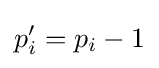
p'_{i}=p_{i}-1